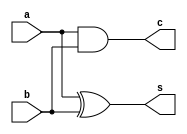
module half_addr(input a, b, output s, c);
 assign s = a^b;
 assign c = a & b;
endmodule
module full_adder_2(input a, b, cin, output s_out, c_out);
 wire s, c0, c1;
 half_addr HA1 (a, b, s, c0);
 half_addr HA2 (s, cin, s_out, c1);
 
 assign c_out = c0 | c1;
endmodule